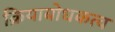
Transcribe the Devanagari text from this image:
क्रियाबोधकत्व